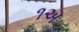
૧અ